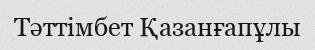
Тәттімбет Қазанғапұлы